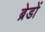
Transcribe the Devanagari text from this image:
ब्रेडों